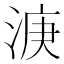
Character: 𣷄